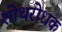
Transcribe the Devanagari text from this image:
शोथरोधक